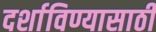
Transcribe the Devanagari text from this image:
दर्शाविण्यासाठी